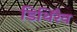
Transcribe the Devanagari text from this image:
डिथिरैव